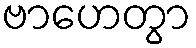
ဗာဟေတွာ